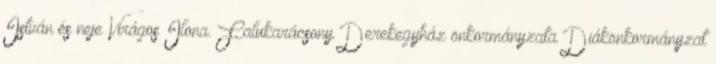
István és neje Virágos Ilona. Falukarácsony Derekegyház önkormányzata Diákönkormányzat